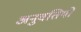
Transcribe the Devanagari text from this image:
अनुवतियों